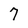
Character: 7